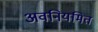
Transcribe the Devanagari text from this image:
अवनियमित